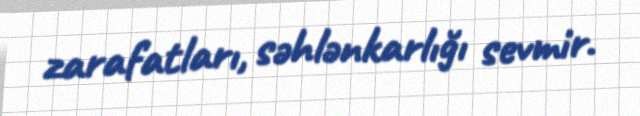
zarafatları, səhlənkarlığı sevmir.